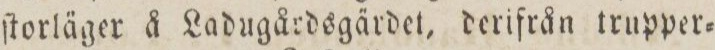
ſtorläger å Ladugårdsgärdet, derifrån trupper=